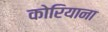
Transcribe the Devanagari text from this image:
कोरियाना